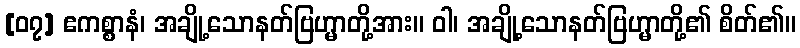
[၀၇] ဧကစ္စာနံ၊ အချို့သောနတ်ဗြဟ္မာတို့အား။ ဝါ၊ အချို့သောနတ်ဗြဟ္မာတို့၏ စိတ်၏။